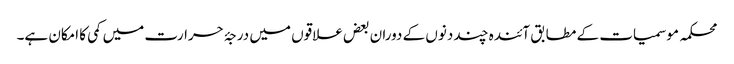
محکمہ موسمیات کے مطابق آئندہ چند دنوں کے دوران بعض علاقوں میں درجۂ حرارت میں کمی کا امکان ہے۔